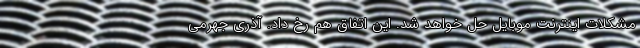
مشکلات اینترنت موبایل حل خواهد شد. این اتفاق هم رخ داد. آذری جهرمی